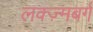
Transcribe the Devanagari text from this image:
लक्ज़्मबर्ग